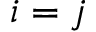
i = j